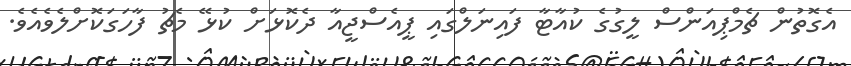
އެގޮތުން ޗެމްޕިއަންސް ލީގުގެ ކުއާޓާ ފައިނަލްގައި ޕީއެސްޖީއާ ދެކޮޅަށް ކުޅޭ މެޗު ފާހަގަކޮށްލެވެއެވެ.